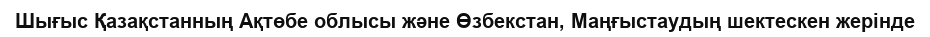
Шығыс Қазақстанның Ақтөбе облысы және Өзбекстан, Маңғыстаудың шектескен жерінде